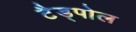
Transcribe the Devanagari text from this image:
टैड्पोल